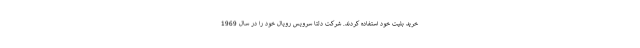
خرید بلیت خود استفاده کردند. شرکت دلتا سرویس رویال خود را در سال 1969